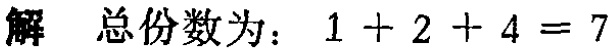
解 总份数为：\(1 + 2 + 4 = 7\)